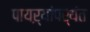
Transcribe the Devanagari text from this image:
पायऱ्यांपर्यंत